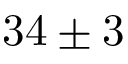
3 4 \pm 3